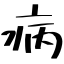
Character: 病